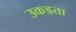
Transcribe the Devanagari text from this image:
उकडता